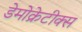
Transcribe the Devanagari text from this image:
डेमोक्रेटीक्स